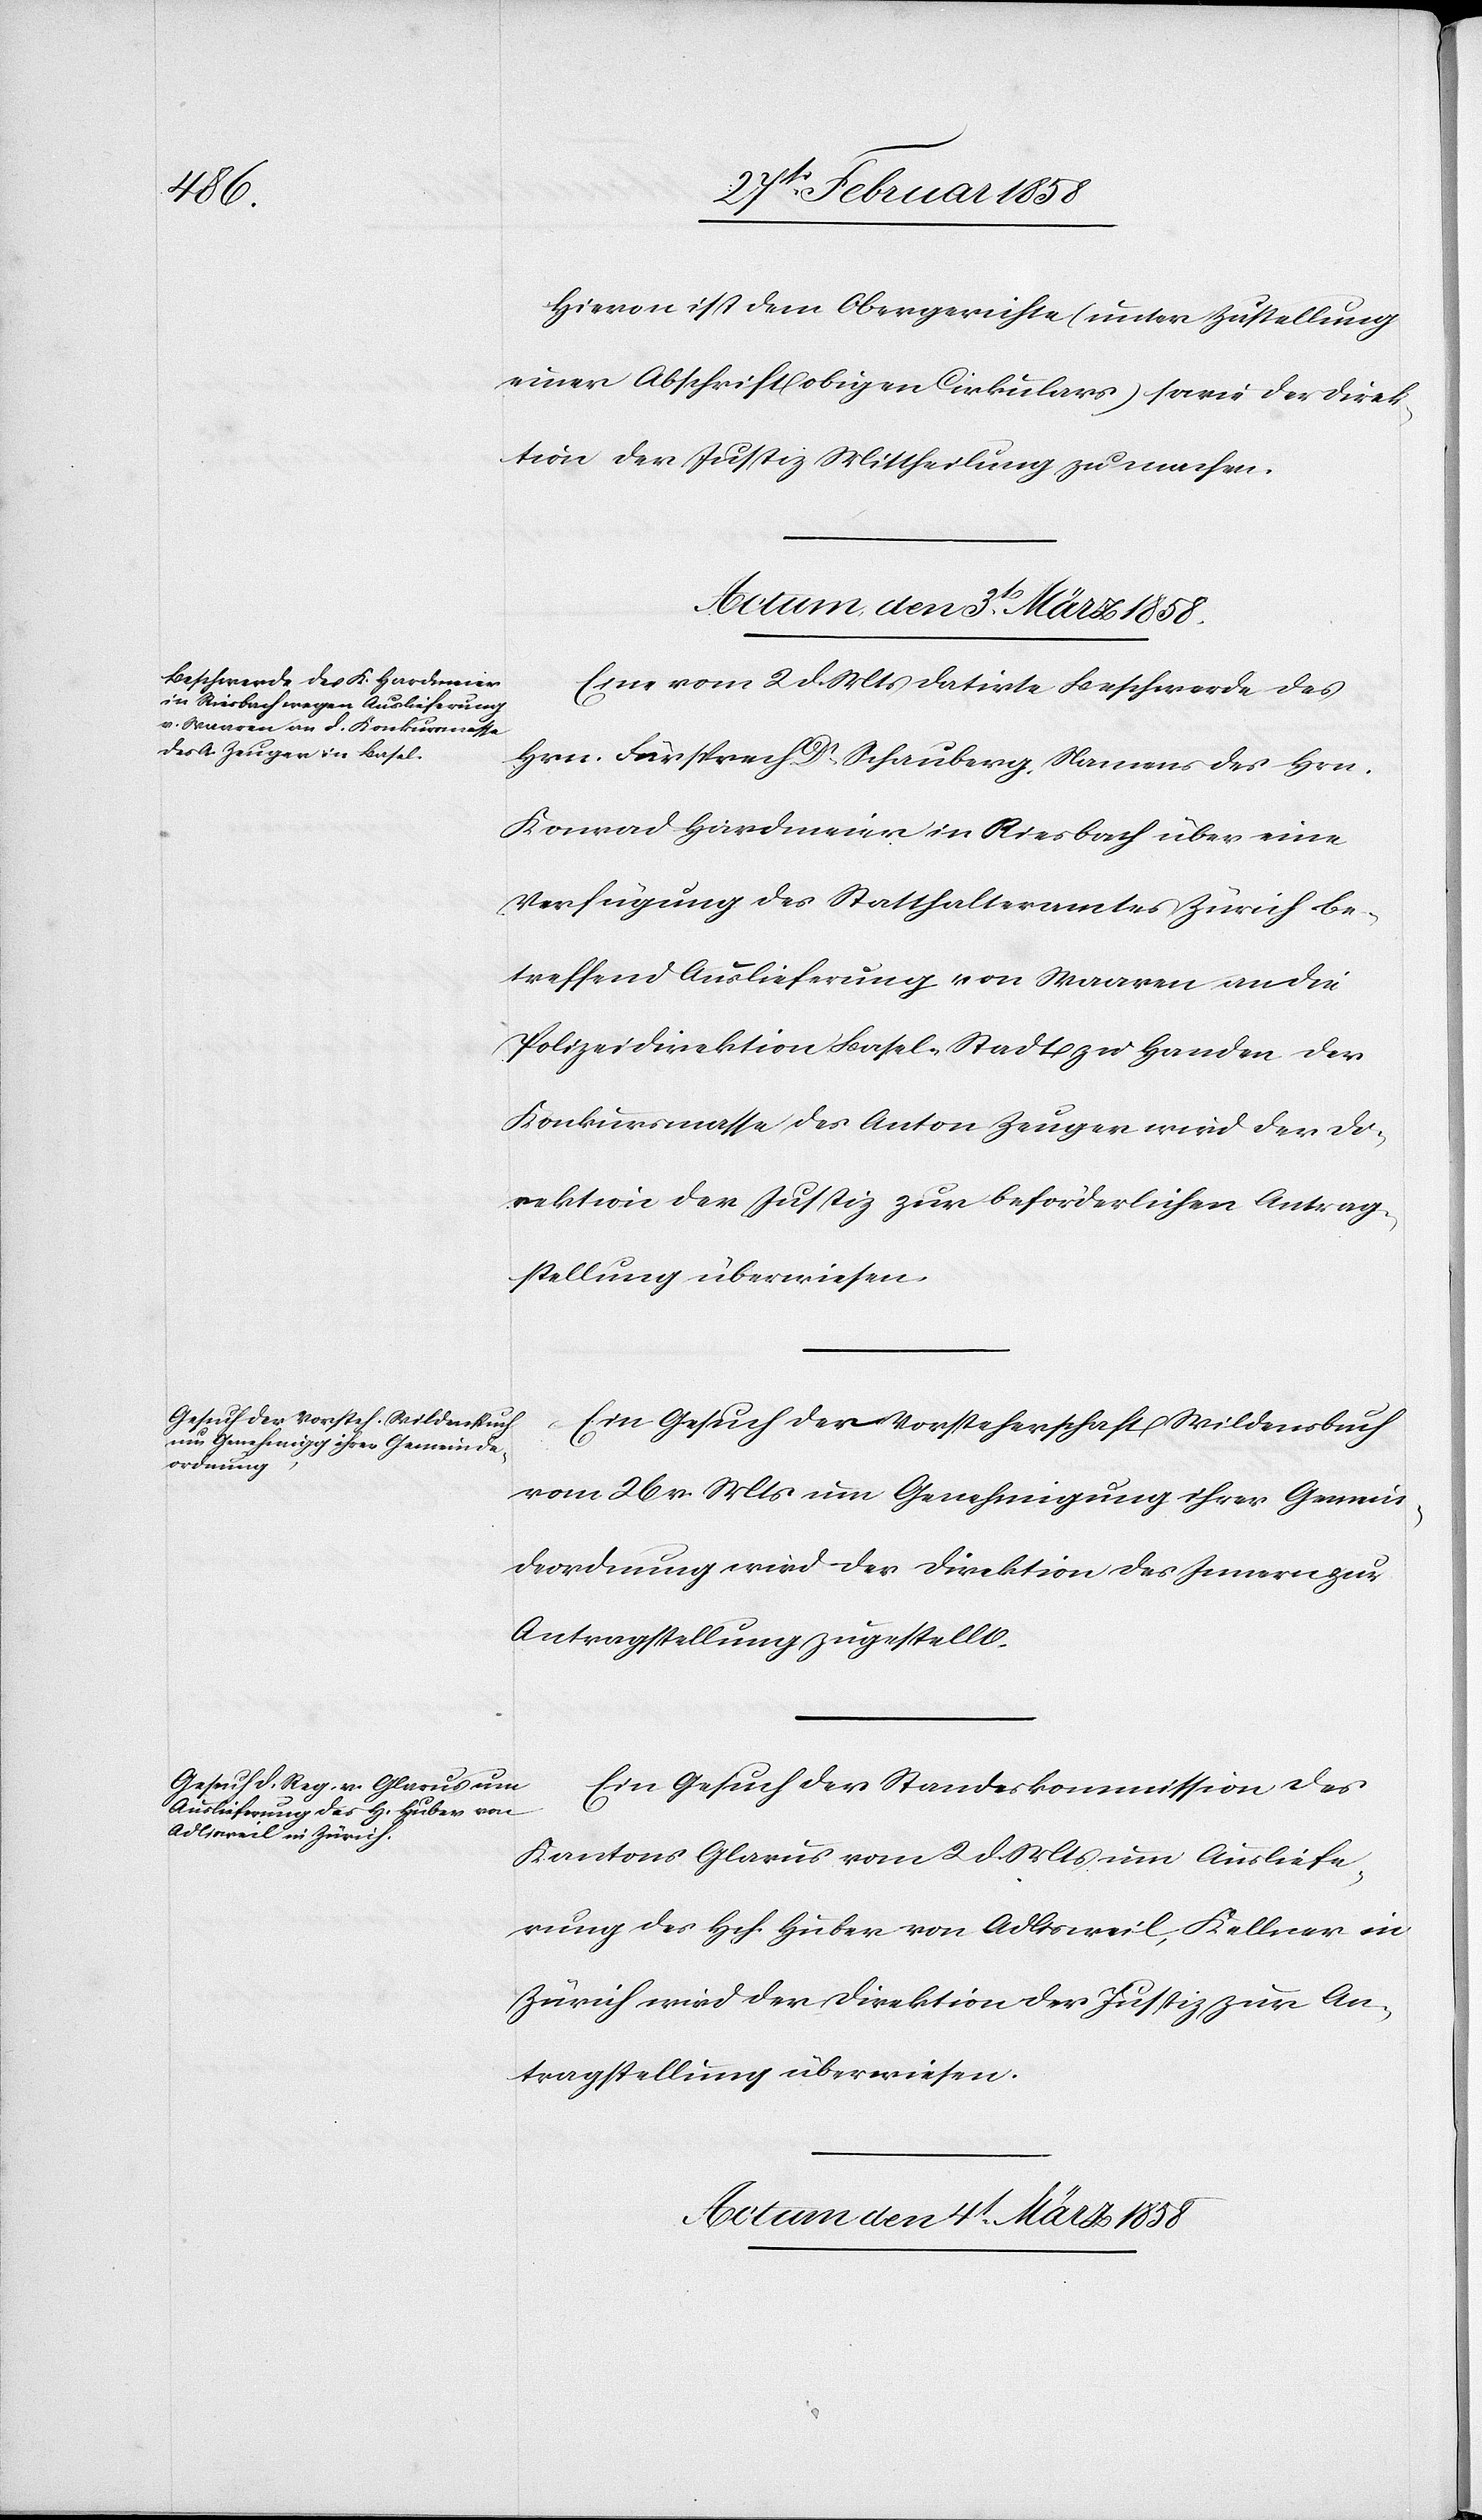
Hievon ist dem Obergerichte (unter Zustellung
einer Abschrift obigen Cirkulars) sowie der Direk¬
tion der Justiz Mittheilung zu machen.
Actum den 3t März 1858.
Eine vom 2 d. Mts datirte Beschwerde des
Hrn. Fürsprech Dr Schauberg, Namens des Hrn.
Konrad Hardmeier in Riesbach über eine
Verfügung des Statthalteramtes Zürich be¬
treffend Auslieferung von Waaren an die
Polizeidirektion Basel-Stadt zu Handen der
Konkursmasse des Anton Zeuger wird der Di¬
rektion der Justiz zur beförderlichen Antrag¬
stellung überwiesen.
Ein Gesuch der Vorsteherschaft Wildensbuch
vom 26 v. Mts um Genehmigung ihrer Gemein¬
deordnung wird der Direktion des Innern zur
Antragstellung überstellt.
Ein Gesuch der Standeskommission des
Kantons Glarus vom 2 d. Mts um Ausliefe¬
rung des Hch. Huber von Adlisweil, Kellner in
Zürich wird der Direktion der Justiz zur An¬
tragstellung überwiesen.
Actum den 4t März 1858.